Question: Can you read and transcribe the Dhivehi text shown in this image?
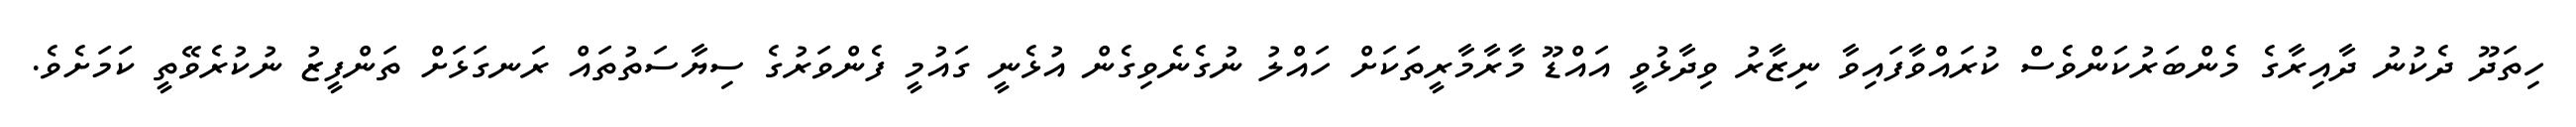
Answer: ހިތަދޫ ދެކުނު ދާއިރާގެ މެންބަރުކަންވެސް ކުރައްވާފައިވާ ނިޒާރު ވިދާޅުވީ އައްޑޫ މާރާމާރީތަކަށް ހައްލު ނުގެނެވިގެން އުޅެނީ ގައުމީ ފެންވަރުގެ ސިޔާސަތުތައް ރަނގަޅަށް ތަންފީޒު ނުކުރެވޭތީ ކަމަށެވެ.